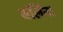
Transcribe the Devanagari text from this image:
बर्लिन।